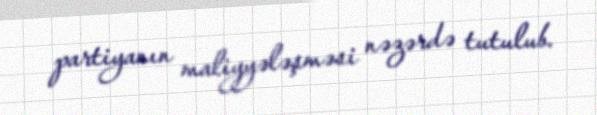
partiyanın maliyyələşməsi nəzərdə tutulub.